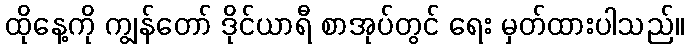
ထိုနေ့ကို ကျွန်တော် ဒိုင်ယာရီ စာအုပ်တွင် ရေး မှတ်ထားပါသည်။